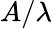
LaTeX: A/\lambda